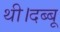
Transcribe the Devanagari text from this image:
थी।दब्बू